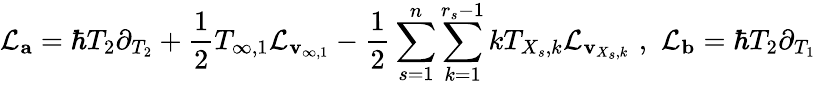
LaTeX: \mathcal{L}_{\mathbf{a}}=\hbar T_{2}\partial_{T_{2}}+\frac{1}{2}T_{\infty,1}\mathcal{L}_{\mathbf{v}_{\infty,1}}-\frac{1}{2}\sum_{s=1}^{n}\sum_{k=1}^{r_{s}-1}kT_{X_{s},k}\mathcal{L}_{\mathbf{v}_{X_{s},k}}\, \, ,\, \, \mathcal{L}_{\mathbf{b}}=\hbar T_{2}\partial_{T_{1}}